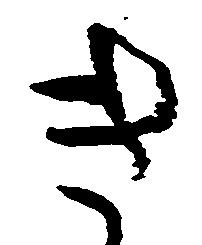
き